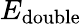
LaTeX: E_{\textrm{double}}